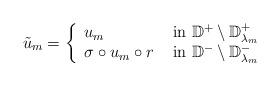
LaTeX: \begin{align*} \tilde{u}_m = \left\{ \begin{array}{ll}u_m & \hbox{ in } \mathbb{D}^+ \setminus \mathbb{D}_{\lambda_m}^+ \\\sigma \circ u_m \circ r & \hbox{ in } \mathbb{D}^- \setminus \mathbb{D}_{\lambda_m}^- \end{array} \right. \end{align*}